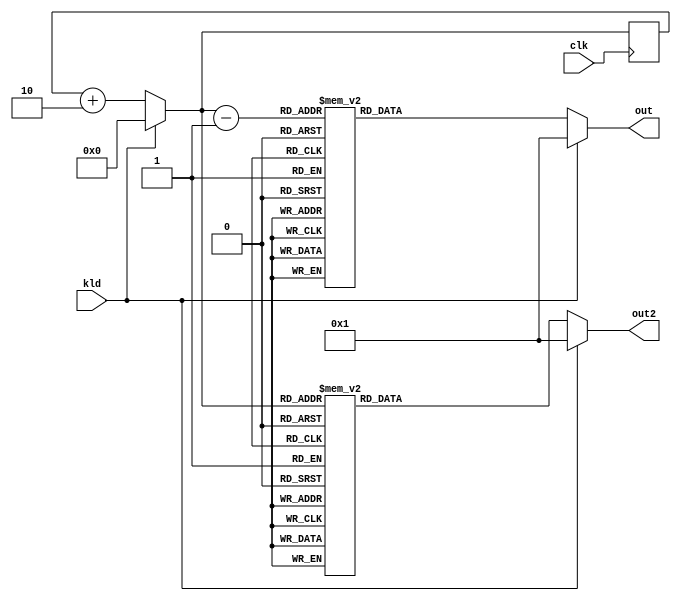
/////////////////////////////////////////////////////////////////////
////                                                             ////
////  AES RCON Block                                             ////
////                                                             ////
////                                                             ////
////          rudi@asics.ws                                      ////
////                                                             ////
////                                                             ////
////  Downloaded from: http://www.opencores.org/cores/aes_core/  ////
////                                                             ////
/////////////////////////////////////////////////////////////////////
////                                                             ////
//// Copyright (C) 2000-2002 Rudolf Usselmann                    ////
////                         www.asics.ws                        ////
////                         rudi@asics.ws                       ////
////                                                             ////
//// This source file may be used and distributed without        ////
//// restriction provided that this copyright statement is not   ////
//// removed from the file and that any derivative work contains ////
//// the original copyright notice and the associated disclaimer.////
////                                                             ////
////     THIS SOFTWARE IS PROVIDED ``AS IS'' AND WITHOUT ANY     ////
//// EXPRESS OR IMPLIED WARRANTIES, INCLUDING, BUT NOT LIMITED   ////
//// TO, THE IMPLIED WARRANTIES OF MERCHANTABILITY AND FITNESS   ////
//// FOR A PARTICULAR PURPOSE. IN NO EVENT SHALL THE AUTHOR      ////
//// OR CONTRIBUTORS BE LIABLE FOR ANY DIRECT, INDIRECT,         ////
//// INCIDENTAL, SPECIAL, EXEMPLARY, OR CONSEQUENTIAL DAMAGES    ////
//// (INCLUDING, BUT NOT LIMITED TO, PROCUREMENT OF SUBSTITUTE   ////
//// GOODS OR SERVICES; LOSS OF USE, DATA, OR PROFITS; OR        ////
//// BUSINESS INTERRUPTION) HOWEVER CAUSED AND ON ANY THEORY OF  ////
//// LIABILITY, WHETHER IN  CONTRACT, STRICT LIABILITY, OR TORT  ////
//// (INCLUDING NEGLIGENCE OR OTHERWISE) ARISING IN ANY WAY OUT  ////
//// OF THE USE OF THIS SOFTWARE, EVEN IF ADVISED OF THE         ////
//// POSSIBILITY OF SUCH DAMAGE.                                 ////
////                                                             ////
/////////////////////////////////////////////////////////////////////


`timescale 1 ns/1 ps

module aes_rcon(clk, kld,out,out2);

input		clk;
input		kld;

output reg  [7:0] out,out2;

reg	[3:0]	rcnt_reg;
wire	[3:0]	rcnt_next;


assign rcnt_next = (kld) ? 0 : rcnt_reg+2;


always @*
begin
		out  = kld ? 8'h01:frcon(rcnt_next-1);
		out2 = kld ? 8'h01:frcon(rcnt_next); 
end		 


always @(posedge clk)
begin

		rcnt_reg <= rcnt_next;
/*		$strobe($time,": out is %h, out2 is %h\n",out,out2);
*/	
end	



function [7:0]	frcon;
input	[3:0]	i;
case(i)	// synopsys parallel_case
   4'h0: frcon=8'h01;		//1
   4'h1: frcon=8'h02;		//x
   4'h2: frcon=8'h04;		//x^2
   4'h3: frcon=8'h08;		//x^3
   4'h4: frcon=8'h10;		//x^4
   4'h5: frcon=8'h20;		//x^5
   4'h6: frcon=8'h40;		//x^6
   4'h7: frcon=8'h80;		//x^7
   4'h8: frcon=8'h1b;		//x^8
   4'h9: frcon=8'h36;		//x^9
   default: frcon=8'h00;
endcase
endfunction

endmodule